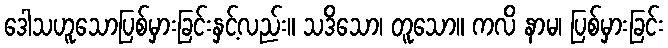
ဒေါသဟူသောပြစ်မှားခြင်းနှင့်လည်း။ သဒိသော၊ တူသော။ ကလိ နာမ၊ ပြစ်မှားခြင်း